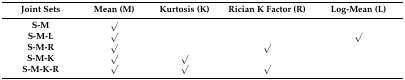
| Joint Sets | Mean (M) | Kurtosis (K) | Rician K Factor (R) | Log-Mean (L) |
 | --- | --- | --- | --- | --- |
 | S-M | √ |  |  |  |
 | S-M-L | √ |  |  | √ |
 | S-M-R | √ |  | √ |  |
 | S-M-K | √ | √ |  |  |
 | S-M-K-R | √ | √ | √ |  |